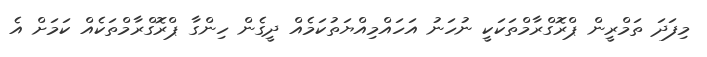
މިފަދަ ތަމްރީން ޕްރޮގްރާމްތަކަކީ ނުހަނު އަހައްމިއްޔަތުކަމެއް ދީގެން ހިންގާ ޕްރޮގްރާމްތަކެއް ކަމަށް އެ